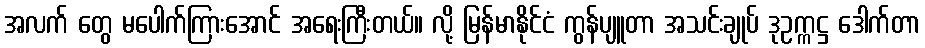
အလက် တွေ မပေါက်ကြားအောင် အရေးကြီးတယ်။ လို့ မြန်မာနိုင်ငံ ကွန်ပျူတာ အသင်းချုပ် ဒုဥက္ကဋ္ဌ ဒေါက်တာ